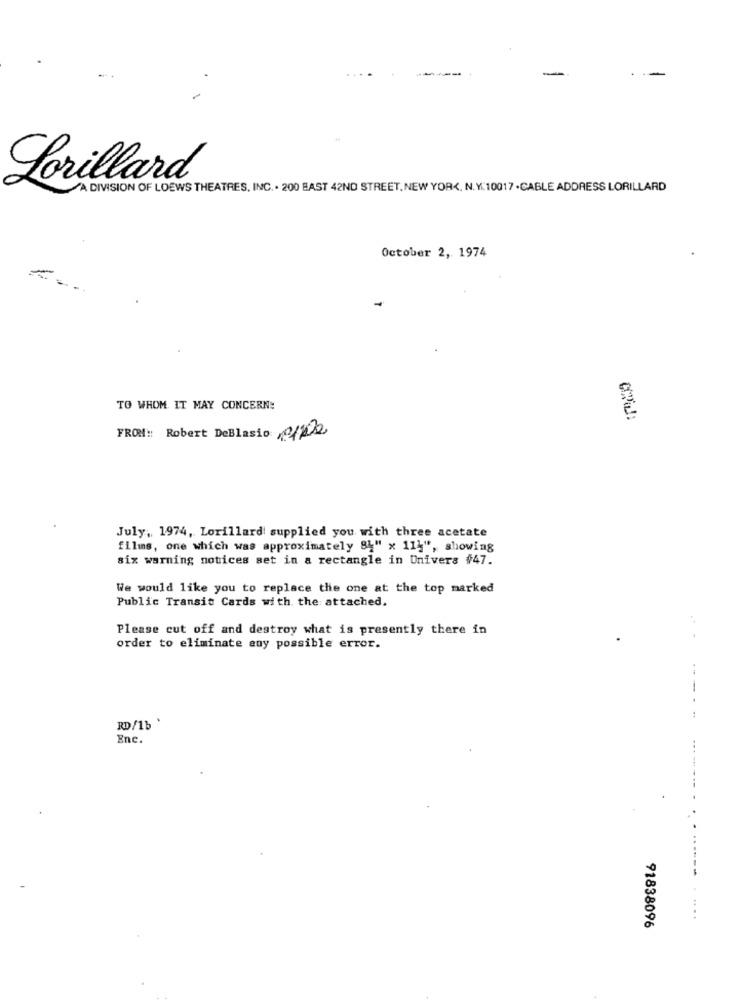
Lorillard
A DIVISION OF LOEWS THEATRES, INC. . 200 EAST 42ND STREET, NEW YORK, N.Y. 10017 . CABLE ADDRESS LORILLARD
October 2, 1974
TO WHOM IT MAY CONCERN:
FROM: Robert DeBlasio 0/22
July, 1974, Lorillard supplied you with three acetate
films, one which was approximately 84" x 11}", showing
six warning notices set in a rectangle in Univers #47.
We would like you to replace the one at the top marked
Public Transit Cards with the attached.
Please cut off and destroy what is presently there in
order to eliminate any possible error.
RD/15 '
Enc.
91838096